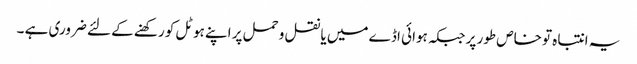
یہ انتباہ تو خاص طور پر جبکہ ہوائی اڈے میں یا نقل و حمل پر اپنے ہوٹل کو رکھنے کے لئے ضروری ہے ۔